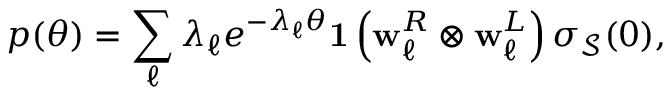
p ( \theta ) = \sum _ { \ell } \lambda _ { \ell } e ^ { - \lambda _ { \ell } \theta } { \bf 1 } \left( { \bf w } _ { \ell } ^ { R } \otimes { \bf w } _ { \ell } ^ { L } \right) \boldsymbol { \sigma } _ { \mathcal { S } } ( 0 ) ,